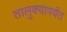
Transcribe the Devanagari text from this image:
तालुक्यापर्यंत